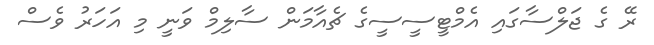
ރޭ ގެ ޖަލްސާގައި އެމްޓީސީސީގެ ޗެއާމަން ސާލިމް ވަނީ މި އަހަރު ވެސް